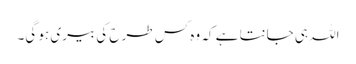
اللہ ہی جانتا ہے کہ وہ کس طرح کی بیری ہو گی۔